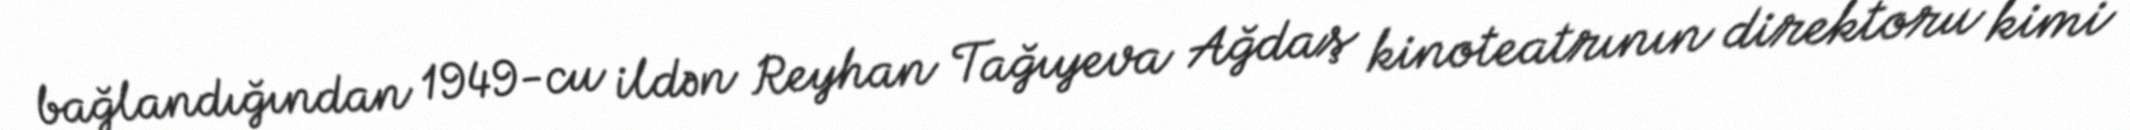
bağlandığından 1949-cu ildən Reyhan Tağıyeva Ağdaş kinoteatrının direktoru kimi